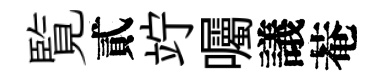
覧貳竚囑議菴